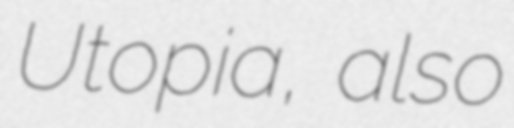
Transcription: Utopia, also